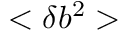
< \delta b ^ { 2 } >